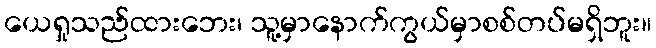
ယေရှုသည်ထားဘေး၊ သူ့မှာနောက်ကွယ်မှာစစ်တပ်မရှိဘူး။